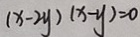
( x - 2 y ) ( x - y ) = 0